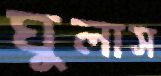
ঘুলাস